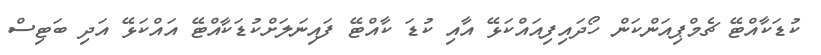
ކުޑަކާއްޓޭ ޗެމްޕިއަންކަން ހޯދައިފިއައްކަޅޭ އާއި ކުޑަ ކާއްޓޭ ފައިނަލަށްކުޑަކާއްޓޭ އައްކަޅޭ އަދި ބަޓިސް